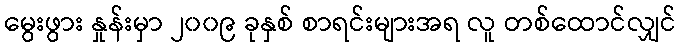
မွေးဖွား နှုန်းမှာ ၂၀၀၉ ခုနှစ် စာရင်းများအရ လူ တစ်ထောင်လျှင်